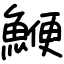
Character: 鯾